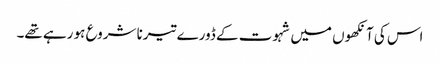
اس کی آنکھوں میں شہوت کے ڈورے تیرنا شروع ہو رہے تھے۔